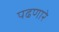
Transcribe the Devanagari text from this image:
पढणारे